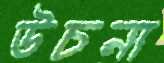
উচনা